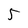
Character: 5